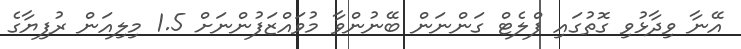
އޭނާ ވިދާޅުވި ގޮތުގައި ފްލެޓް ގަންނަން ބޭނުންވާ މުވައްޒަފުންނަށް 1.5 މިލިއަން ރުފިޔާގެ